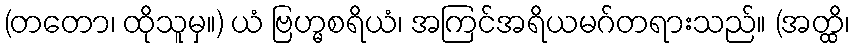
(တတော၊ ထိုသူမှ။) ယံ ဗြဟ္မစရိယံ၊ အကြင်အရိယမဂ်တရားသည်။ (အတ္ထိ၊